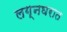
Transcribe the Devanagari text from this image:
लग्नघरात